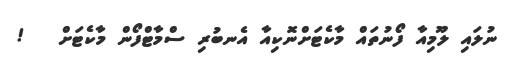
ނުލައި ލޫމިއާ ފޯނުތައް މާކެޓަށްނޮކިއާ އެނބުރި ސްމާޓްފޯން މާކެޓަށް   !